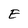
Character: E